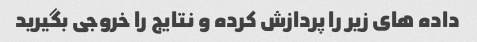
داده های زیر را پردازش کرده و نتایج را خروجی بگیرید